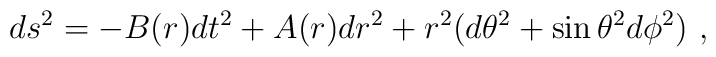
ds^2=-B(r)dt^2+A(r)dr^2+r^2(d\theta^2+\sin\theta^2d\phi^2) \ ,